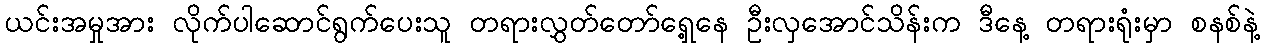
ယင်းအမှုအား လိုက်ပါဆောင်ရွက်ပေးသူ တရားလွှတ်တော်ရှေ့နေ ဦးလှအောင်သိန်းက ဒီနေ့ တရားရုံးမှာ စနစ်နဲ့